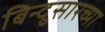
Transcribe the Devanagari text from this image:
बिन्दुसारच्या